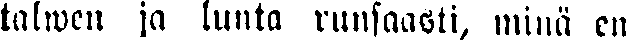
talwen ja lunta runsaasti, minä en